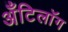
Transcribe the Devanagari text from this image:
अँटिलॉग